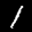
Label: 1